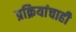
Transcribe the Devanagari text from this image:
प्रक्रियांचाही